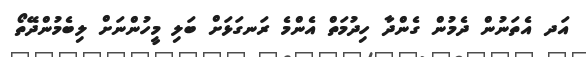
އަދ އެތަނުން ދެމުން ގެންދާ ހިދުމަތް އެންމެ ރަނގަޅަށް ބަލި މީހުންނަށް ލިބެމުންދޭތޯ